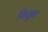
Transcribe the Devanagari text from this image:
गिसुन